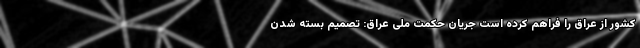
کشور از عراق را فراهم کرده است جریان حکمت ملی عراق: تصمیم بسته شدن